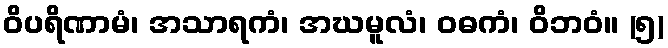
ဝိပရိဏာမံ၊ အသာရကံ၊ အဃမူလံ၊ ဝဓကံ၊ ဝိဘဝံ။ (၅)